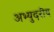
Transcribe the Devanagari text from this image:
अभ्युदरीय